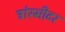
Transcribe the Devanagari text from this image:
ट्रांस्मीटर